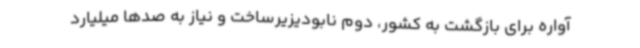
آواره برای بازگشت به کشور، دوم نابودیزیرساخت و نیاز به صدها میلیارد